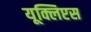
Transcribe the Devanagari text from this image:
यूक्लिप्टस